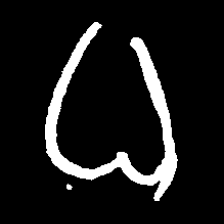
Pyu character \u2014 Myanmar letter: ဓ (romanized: dha)